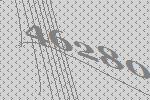
46280